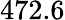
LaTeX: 472.6